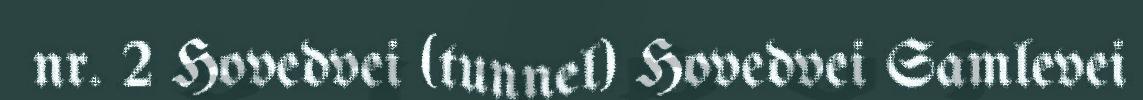
nr. 2 Hovedvei (tunnel) Hovedvei Samlevei